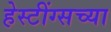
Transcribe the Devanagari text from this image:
हेस्टींग्सच्या